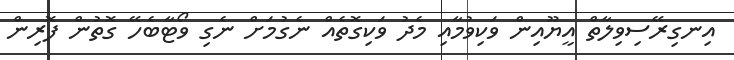
އިނގިރޭސިވިލާތް އީޔޫއިން ވަކިވުމާއި މެދު ވަކިގޮތެއް ނެގުމަށް ނެގި ވޯޓާބެހޭ ގޮތުން ފޮރިން